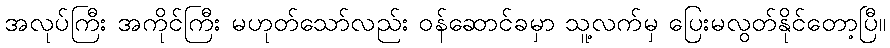
အလုပ်ကြီး အကိုင်ကြီး မဟုတ်သော်လည်း ဝန်ဆောင်ခမှာ သူ့လက်မှ ပြေးမလွတ်နိုင်တော့ပြီ။